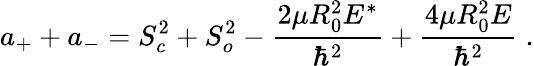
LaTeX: a_{+}+a_{-}=S_{c}^{2}+S_{o}^{2}-\frac{2\mu R_{0}^{2}E^{*}}{\hbar^{2}}+\frac{4\mu R_{0}^{2}E}{\hbar^{2}}\; .